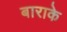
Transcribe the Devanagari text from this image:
बाराके